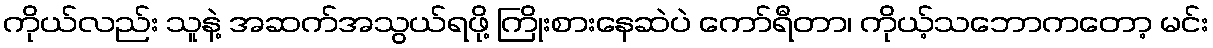
ကိုယ်လည်း သူနဲ့ အဆက်အသွယ်ရဖို့ ကြိုးစားနေဆဲပဲ ကော်ရီတာ၊ ကိုယ့်သဘောကတော့ မင်း